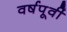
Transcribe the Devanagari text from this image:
वर्षपूर्वी